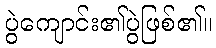
ပွဲကျောင်း၏ပွဲဖြစ်၏။